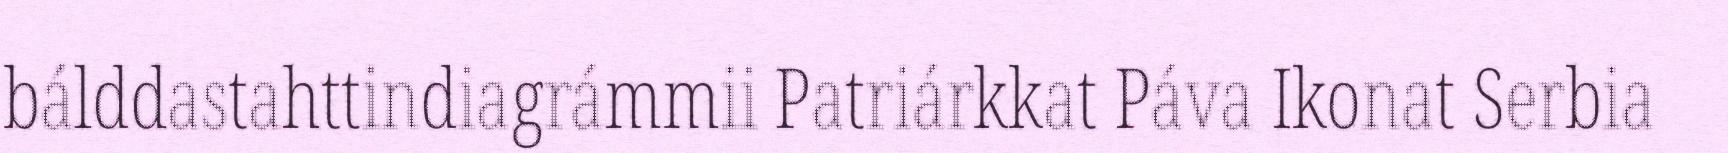
bálddastahttindiagrámmii Patriárkkat Páva Ikonat Serbia